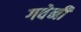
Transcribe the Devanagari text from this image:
गवेनी